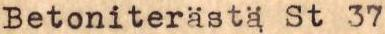
Betoniterästä St 37